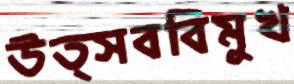
উত্সববিমুখ